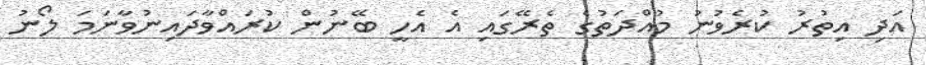
އަދި އިތުރު ކުރެވުނު މުއްދަތުގެ ތެރޭގައި އެ އެހީ ބޭނުން ކުރައްވާދައިނުވާނަމަ ލޯނު